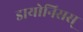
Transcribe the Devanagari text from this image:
डायोनिसस्